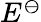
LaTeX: \textstyle E^{\ominus}